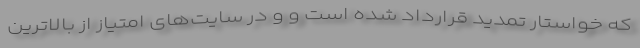
که خواستار تمدید قرارداد شده است و و در سایت‌های امتیاز از بالاترین